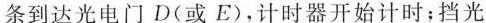
条到达光电门D(或E)，计时器开始计时；挡光